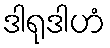
ဒါရုဒါဟံ